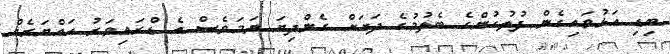
ބިޑި އަޅުވައިގެން ފުލުހުންގެ ބެލުމުގެ ދަށަށް ގެންދިޔަ ނަމަވެސް އެ ޑްރައިވަރު ހައްޔަރެއް